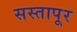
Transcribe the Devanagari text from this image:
सस्तापूर